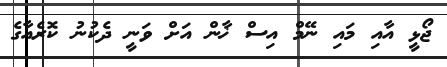
ޖޯޅީ އާއި މައި ނޭމް އިސް ޚާން އަށް ވަނީ ދެކުނު ކޮރެއާގެ